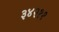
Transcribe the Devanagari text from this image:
३४२११